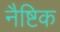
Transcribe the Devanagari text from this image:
नैष्टिक